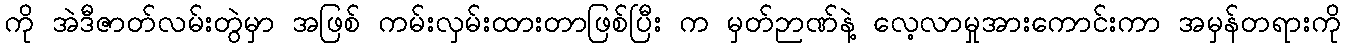
ကို အဲဒီဇာတ်လမ်းတွဲမှာ အဖြစ် ကမ်းလှမ်းထားတာဖြစ်ပြီး က မှတ်ဉာဏ်နဲ့ လေ့လာမှုအားကောင်းကာ အမှန်တရားကို